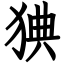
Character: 猠